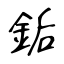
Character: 銗